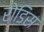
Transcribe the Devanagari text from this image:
रोडिस